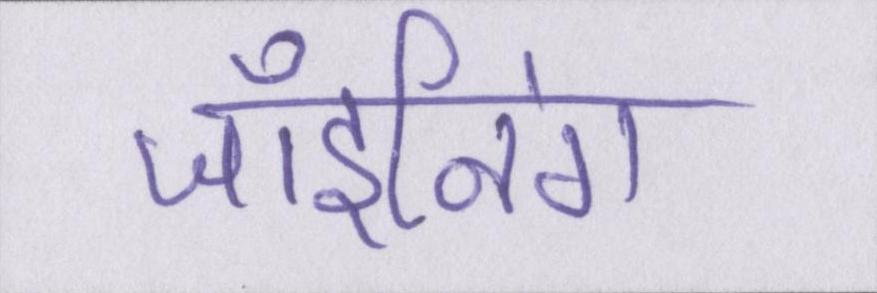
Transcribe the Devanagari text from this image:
जॉइनिंग